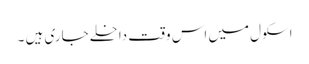
اسکول میں اس وقت داخلے جاری ہیں ۔